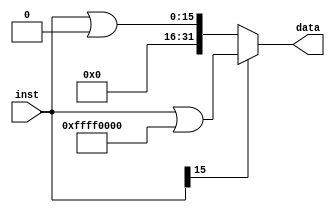
`timescale 1ns / 1ps
//////////////////////////////////////////////////////////////////////////////////
// Company: 
// Engineer: 
// 
// Design Name: 
// Module Name: signext
// Project Name: 
// Target Devices: 
// Tool Versions: 
// Description: 
// 
// Dependencies: 
// 
// Revision:
// Revision 0.01 - File Created
// Additional Comments:
// 
//////////////////////////////////////////////////////////////////////////////////


module signext(
    input [15:0] inst,
    output [31:0] data
    );
    
     assign data = (inst[15]) ? (inst | 32'hffff0000) : (inst | 32'h00000000);
    
endmodule